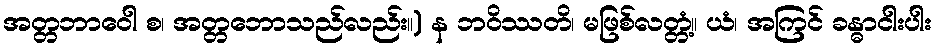
အတ္တဘာဝေါ စ၊ အတ္တဘောသည်လည်း။) န ဘဝိဿတိ၊ မဖြစ်လတ္တံ့။ ယံ၊ အကြင် ခန္ဓာငါးပါး